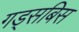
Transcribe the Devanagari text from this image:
गड्सबिस